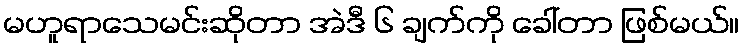
မဟူရာသေမင်းဆိုတာ အဲဒီ ၆ ချက်ကို ခေါ်တာ ဖြစ်မယ်။